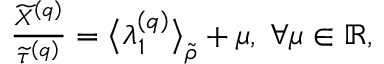
\begin{array} { r } { \frac { \widetilde { X } ^ { \left( q \right) } } { \widetilde { \tau } ^ { \left( q \right) } } = \big \langle \lambda _ { 1 } ^ { \left( q \right) } \big \rangle _ { \widetilde { \rho } } + \mu , \; \forall \mu \in \mathbb { R } , } \end{array}